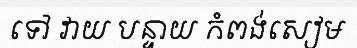
ទៅ វាយ បន្ទាយ កំពង់សៀម